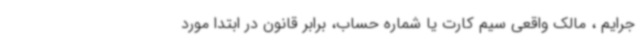
جرایم ، مالک واقعی سیم کارت یا شماره حساب، برابر قانون در ابتدا مورد